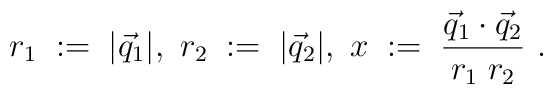
r_1\;:=\;|\vec{q}_1|, \ r_2\;:=\;|\vec{q}_2|, \ x\;:=\;\frac{\vec{q}_1\cdot\vec{q}_2}{r_1\;r_2} \ .